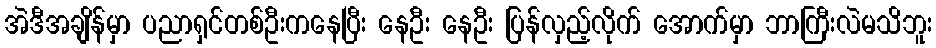
အဲဒီအချိန်မှာ ပညာရှင်တစ်ဦးကနေပြီး နေဦး နေဦး ပြန်လှည့်လိုက် အောက်မှာ ဘာကြီးလဲမသိဘူး